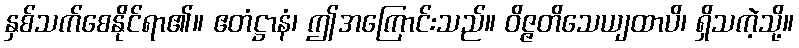
နှစ်သက်စေနိုင်ရာ၏။ ဧတံဋ္ဌာနံ၊ ဤအကြောင်းသည်။ ဝိဇ္ဇတိသေယျထာပိ၊ ရှိသကဲ့သို့။